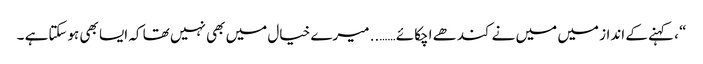
“ ، کہنے کے انداز میں میں نے کندھے اچکائے …….. میرے خیال میں بھی نہیں تھا کہ ایسا بھی ہوسکتاہے ۔